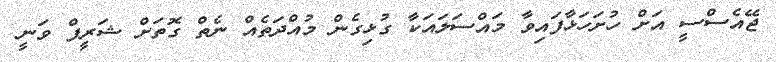
ޖޭއެސްސީ އަށް ހުށަހަޅާފައިވާ މައްސަލައަކާ ގުޅިގެން މުއްދަތެއް ނެތް ގޮތަށް ޝަރީފް ވަނީ